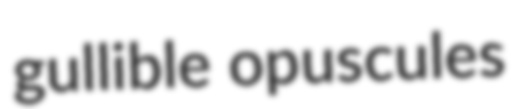
gullible opuscules